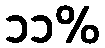
၁၁%